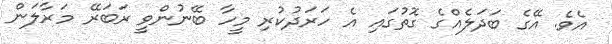
އެވެ. އޭގެ ބަދަލެއްގެ ގޮތުގައި އެ ހަރަދުކުރި މީހާ ބޭނުންވީ ރަބަރޭ މަރާލަން